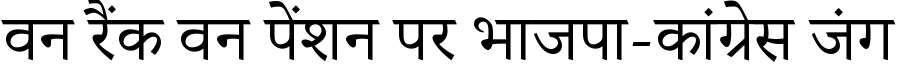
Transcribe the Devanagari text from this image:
वन रैंक वन पेंशन पर भाजपा-कांग्रेस जंग